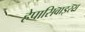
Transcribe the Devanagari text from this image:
हेपासिवाइरस